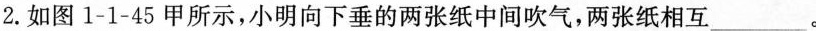
2.如图1-1-45甲所示，小明向下垂的两张纸中间吹气，两张纸相互___。